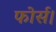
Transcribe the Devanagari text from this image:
फोर्स।